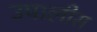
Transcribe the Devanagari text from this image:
उपालीस